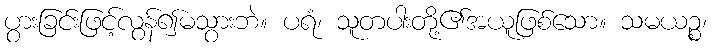
ပွားခြင်းဖြင့်လွန်၍မသွားဘဲ။ ပရံ၊ သူတပါးတို့၏အယူဖြစ်သော။ သမယဉ္စ၊